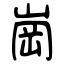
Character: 崗